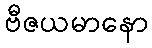
ဗီဇယမာနော